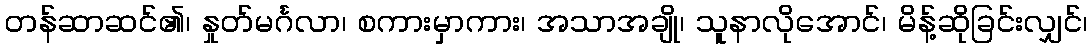
တန်ဆာဆင်၏၊ နှုတ်မင်္ဂလာ၊ စကားမှာကား၊ အသာအချို၊ သူနာလိုအောင်၊ မိန့်ဆိုခြင်းလျှင်၊